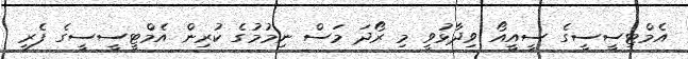
އެމްޓިސީސީގެ ސީއީއޯ ވިދާޅުވީ މި ރޯދަ މަސް ނިމުމުގެ ކުރިން އެމްޓީސީސީގެ ފެރީ